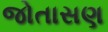
જોતાસણ